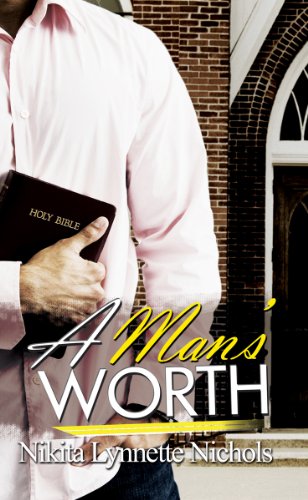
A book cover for A Man's Worth (Urban Christian); Nikita Lynnette Nichols; Literature & Fiction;